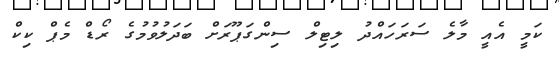
ކަމީ އެއީ މާލެ ސަރަހައްދު ލިޓިލް ސިންގަޕޫރަށް ބަދަލުވުމުގެ ރޯޑް މެޕް ކިކް